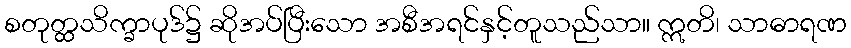
စတုတ္ထသိက္ခာပုဒ်၌ ဆိုအပ်ပြီးသော အစီအရင်နှင့်တူသည်သာ။ ဣတိ၊ သာဓာရဏ